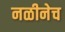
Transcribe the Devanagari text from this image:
नळीनेच